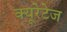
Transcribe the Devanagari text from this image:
क्यूरेटेज